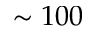
\sim 1 0 0